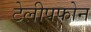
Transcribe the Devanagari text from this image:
टेलीपफोन